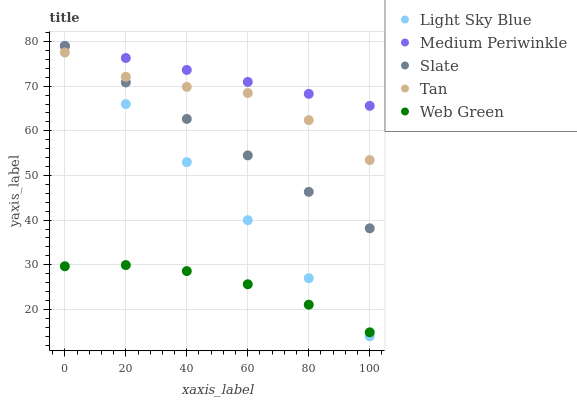
| xaxis_label | Light Sky Blue | Medium Periwinkle | Slate | Tan | Web Green |
 | --- | --- | --- | --- | --- | --- |
 | 0 | 79 | 79 | 79 | 77.6 | 29.7 |
 | 20 | 66 | 76.3 | 70.8 | 72.1 | 29.9 |
 | 40 | 53 | 73.6 | 62.7 | 69.8 | 28.6 |
 | 60 | 40 | 71 | 54.5 | 68.5 | 25.6 |
 | 80 | 27 | 68.3 | 46.3 | 62.4 | 21 |
 | 100 | 14 | 65.6 | 38.2 | 53.5 | 14.9 |